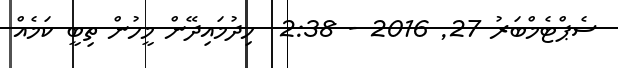
ސެޕްޓެމްބަރު 27